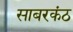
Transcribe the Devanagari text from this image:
साबरकंठ